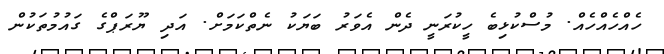
ހެއްހެއްހެއް. މުސްކުޅިބެ ހީކުރަނީ ދެން އެވަރު ބަޔަކު ނެތްކަމަށް. އަދި ޔޫރަޕްގެ ގައުމުތަކުން